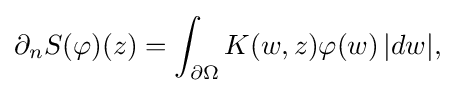
\displaystyle {\partial _{n}S(\varphi )(z)=\int _{\partial \Omega }K(w,z)\varphi (w)\,|dw|,}